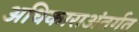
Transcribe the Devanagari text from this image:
अधिकाराअंतर्गत